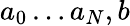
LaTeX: a_{0}\dots a_{N},b